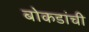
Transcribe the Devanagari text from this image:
बोकडांची